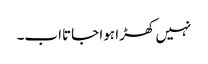
نہیں کھڑا ہوا جاتااب۔